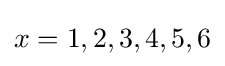
x=1,2,3,4,5,6